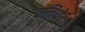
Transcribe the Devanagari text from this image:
चलिये।